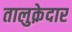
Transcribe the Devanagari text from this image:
तालुक़ेदार